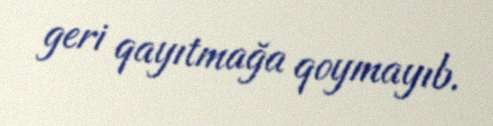
geri qayıtmağa qoymayıb.